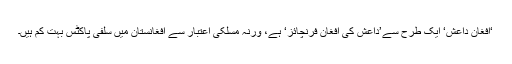
‘افغان داعش‘ ایک طرح سے’داعش کی افغان فرنچائز‘ ہے، ورنہ مسلکی اعتبار سے افغانستان میں سلفی پاکٹس بہت کم ہیں۔